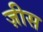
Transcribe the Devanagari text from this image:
ज़ीस